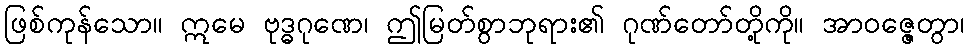
ဖြစ်ကုန်သော။ ဣမေ ဗုဒ္ဓဂုဏေ၊ ဤမြတ်စွာဘုရား၏ ဂုဏ်တော်တို့ကို။ အာဝဇ္ဇေတွာ၊